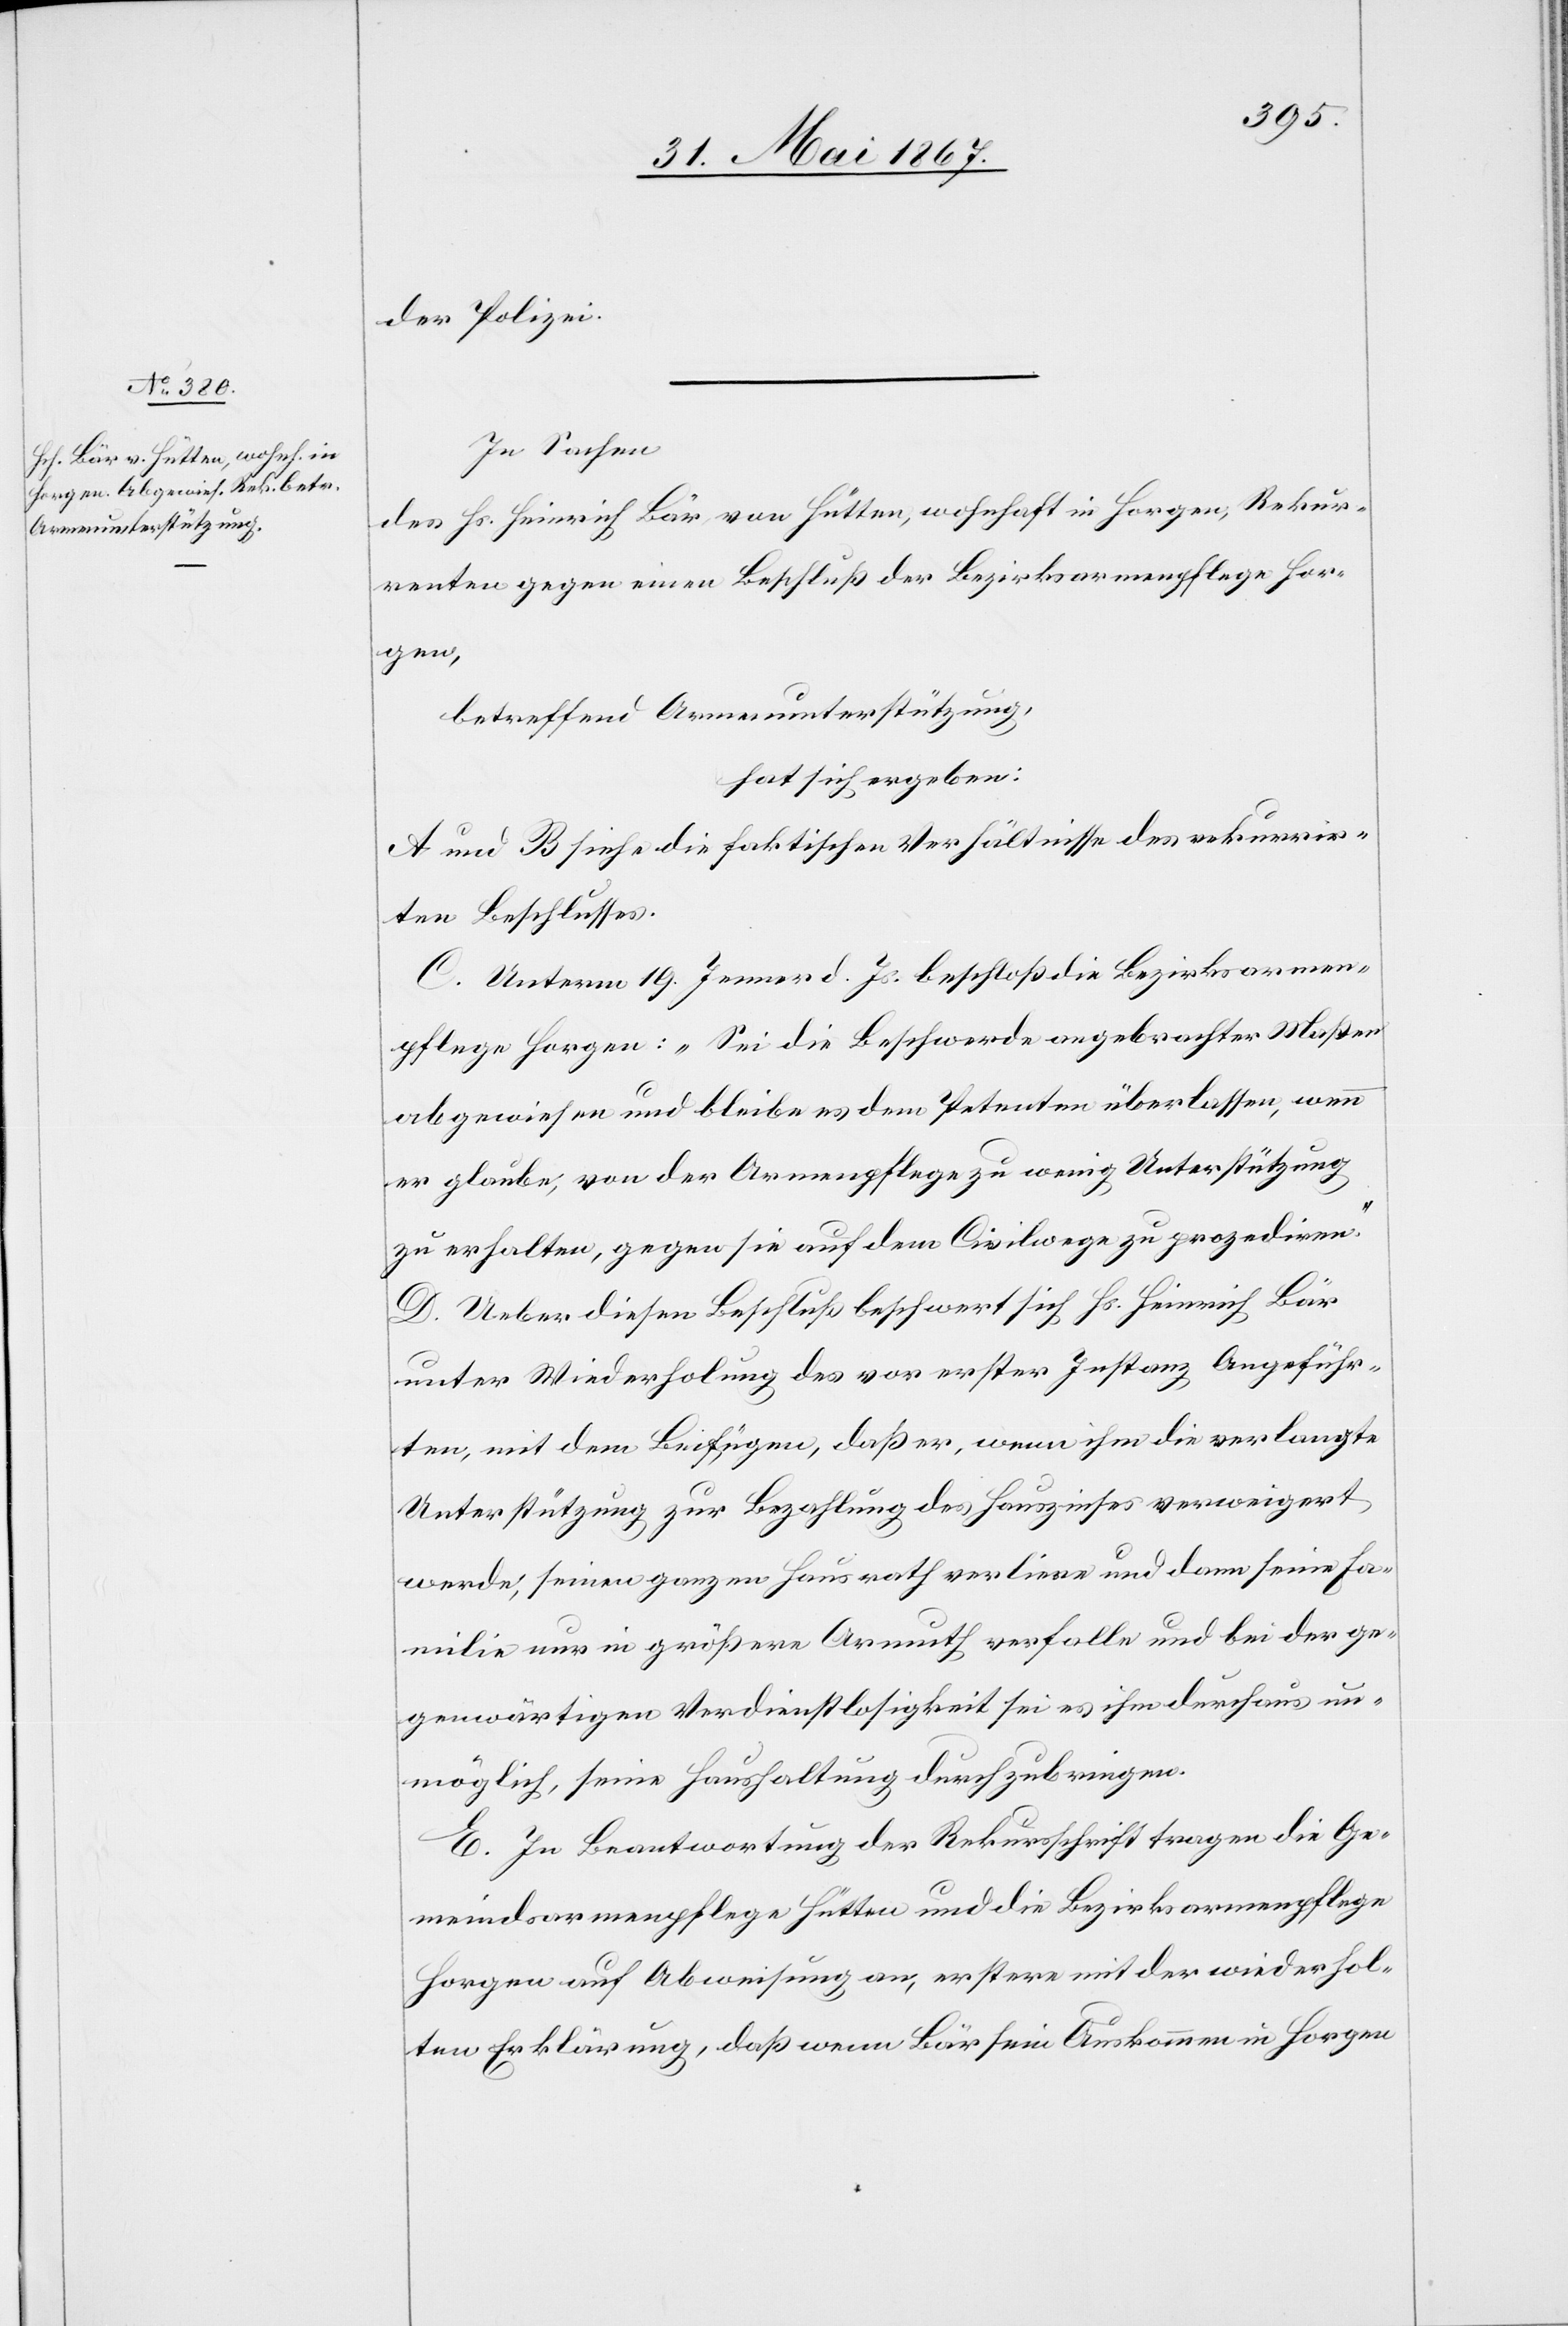
der Polizei.
In Sachen
des Hs. Heinrich Bär, von Hütten, wohnhaft in Horgen, Rekur¬
renten gegen einen Beschluß der Bezirksarmenpflege Hor¬
gen,
betreffend Armenunterstützung,
hat sich ergeben:
A und B siehe die faktischen Verhältnisse des rekurrir¬
ten Beschlusses.
C. Unterm 19. Jenner d. Js. beschloß die Bezirksarmen¬
pflege Horgen: „Sei die Beschwerde angebrachter Maßen
abgewiesen und bleibe es dem Petenten überlassen, wenn
er glaube, von der Armenpflege zu wenig Unterstützung
zu erhalten, gegen sie auf dem Civilwege zu prozediren.“
D. Ueber diesen Beschluß beschwert sich Hs. Heinrich Bär
unter Wiederholung des vor erster Instanz Angeführ¬
ten, mit dem Beifügen, daß er, wenn ihm die verlangte
Unterstützung zur Bezahlung des Hauszinses verweigert
werde, seinen ganzen Hausrath verliere und dann seine Fa¬
milie nur in größere Armuth verfalle und bei der ge¬
genwärtigen Verdienstlosigkeit sei es ihm durchaus un¬
möglich, seine Haushaltung durchzubringen.
E. In Beantwortung der Rekursschrift tragen die Ge¬
meindsarmenpflege Hütten und die Bezirksarmenpflege
Horgen auf Abweisung an, erstere mit der wiederhol¬
ten Erklärung, daß wenn Bär sein Auskommen in Horgen